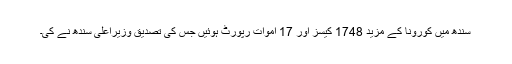
سندھ میں کورونا کے مزید 1748 کیسز اور 17 اموات رپورٹ ہوئیں جس کی تصدیق وزیراعلیٰ سندھ نے کی۔